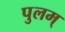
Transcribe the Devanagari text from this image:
पुलम्